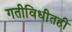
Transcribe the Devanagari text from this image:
गतीविधीतही